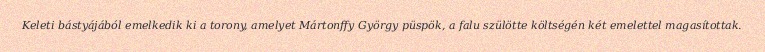
Keleti bástyájából emelkedik ki a torony, amelyet Mártonffy György püspök, a falu szülötte költségén két emelettel magasítottak.